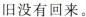
旧没有回来。